King Institute of Preventive Medicine Micro-Biological Section reports 1912-19
Year: 1912
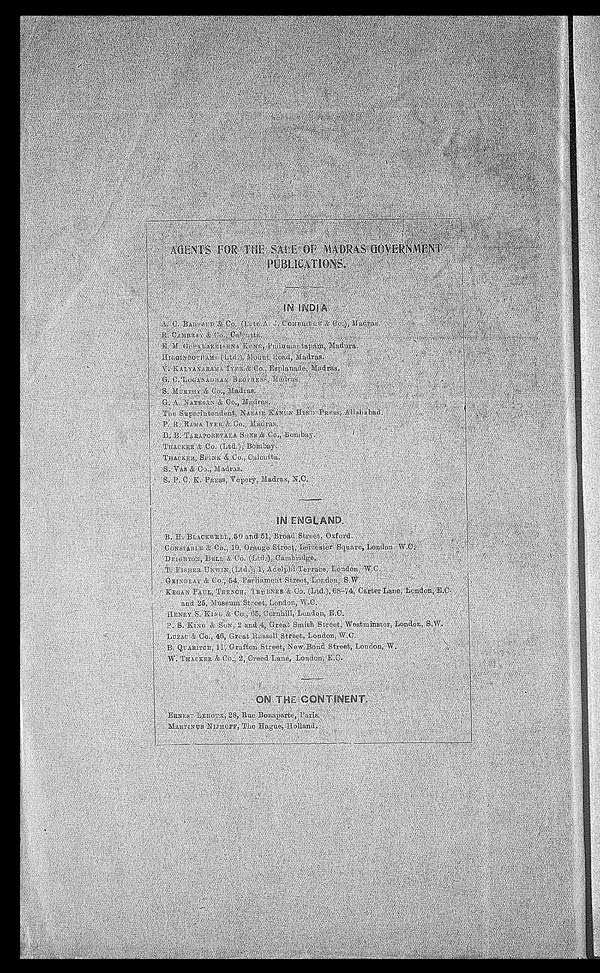
AGENTS FOR THE SALE OF MADRAS GOVERNMENT
PUBLICATIONS.
IN INDIA
A.C. BARRAUD & Co. (Late A. J. COMBRIDGE & Co.), Madras.
R. CAMBRAY & Co., Calcutta.
E. M. GOPALAKRISHNA KONE, PUDUMANTAPAM, Madura.
HIGGIN BOTHAMS (Ltd.), Mount Road, Madras.
V. KALYANARAMA IYER & Co., Esplanade, Madras.
G. C. LOGANADHAM BROTHERS, Madras.
S. MURTHY & Co., Madras.
G.A. NATESAN & Co., Madras.
The Superintendent, NAZAIR KANUN HIND PRESS, Allahabad.
P. R. RAMA IYER & Co., Madras.
D. B. TARAPOREVALA SONS & Co., Bombay.
THACKER & Co. (Ltd.), Bombay.
THACKER, SPINK & Co., Calcutta.
S. VAS & Co., Madras.
S. P. C. K. PRESS, Vepery, Madras, N.C.
IN ENGLAND.
B. H. BLACKWELL, 50 and 51, Broad Street, Oxford.
CONSTABLE & Co., 10, Orange Street, Lercester Square, London W.C.
DEIGHTON, BELL & Co. (Ltd.), Cambridge.
T. FISHER UNWIN (Ltd.), 1, Adelphi Terrace, London, W.C.
GRINDLAY & Co., 54, Parliament Street, London, S. W.
KEGAN PAUL, TRENCH, TRUBNER & Co. (Ltd.), 68-74, Carter Lane, London, E.C.
and 25, Museum Street, London, W.C.
HENRY S. KING & Co., 65, Cornhilll, London, E.C.
P. S. KING & SON, 2 and 4, Great Smith Street, Westminister, London, S.W.
LUZAC & Co., 46, Great Russell Street, London, W.C.
B. QUARITCH, 11, Grafton Street, New Bond Street, London, W.
W. THACKER & Co., 2, Creed Lane. London, E.C.
ON THE CONTINENT.
ERNEST LEROUX, 28, Rue Bonaparte, Paris.
MARTINUS NIJHOFF, THE Hague, Holland.